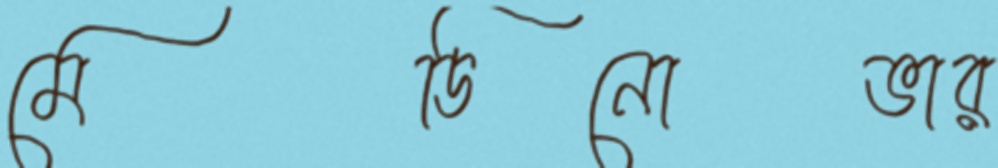
মেডিনোভার